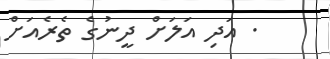
. އަދި އަލަށް ދީނުގެ ތެރެއަށް